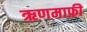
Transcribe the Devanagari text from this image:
ऋणमाफ़ी